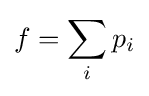
f=\sum _{i}p_{i}